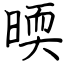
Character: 㬉